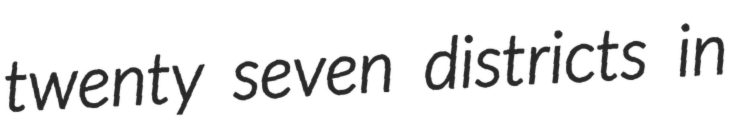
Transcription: twenty seven districts in